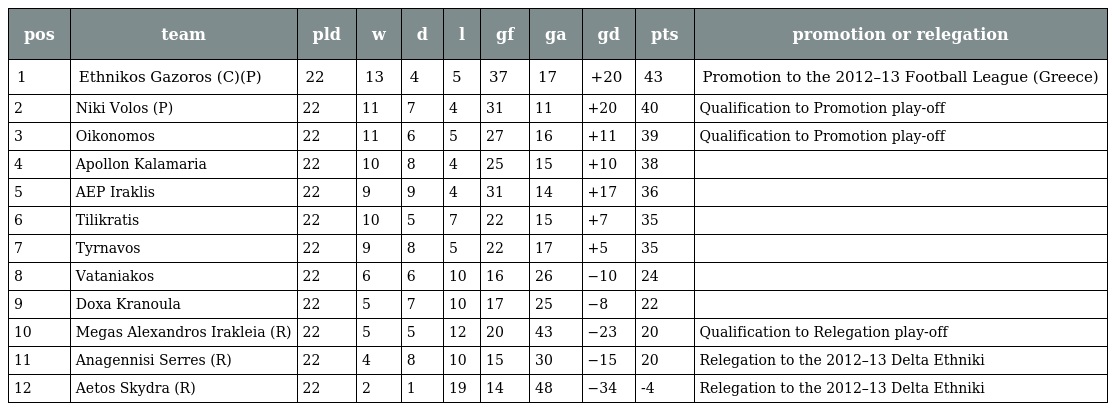
| pos | team | pld | w | d | l | gf | ga | gd | pts | promotion or relegation |
 | --- | --- | --- | --- | --- | --- | --- | --- | --- | --- | --- |
 | 1 | Ethnikos Gazoros (C)(P) | 22 | 13 | 4 | 5 | 37 | 17 | +20 | 43 | Promotion to the 2012–13 Football League (Greece) |
 | 2 | Niki Volos (P) | 22 | 11 | 7 | 4 | 31 | 11 | +20 | 40 | Qualification to Promotion play-off |
 | 3 | Oikonomos | 22 | 11 | 6 | 5 | 27 | 16 | +11 | 39 | Qualification to Promotion play-off |
 | 4 | Apollon Kalamaria | 22 | 10 | 8 | 4 | 25 | 15 | +10 | 38 |  |
 | 5 | AEP Iraklis | 22 | 9 | 9 | 4 | 31 | 14 | +17 | 36 |  |
 | 6 | Tilikratis | 22 | 10 | 5 | 7 | 22 | 15 | +7 | 35 |  |
 | 7 | Tyrnavos | 22 | 9 | 8 | 5 | 22 | 17 | +5 | 35 |  |
 | 8 | Vataniakos | 22 | 6 | 6 | 10 | 16 | 26 | −10 | 24 |  |
 | 9 | Doxa Kranoula | 22 | 5 | 7 | 10 | 17 | 25 | −8 | 22 |  |
 | 10 | Megas Alexandros Irakleia (R) | 22 | 5 | 5 | 12 | 20 | 43 | −23 | 20 | Qualification to Relegation play-off |
 | 11 | Anagennisi Serres (R) | 22 | 4 | 8 | 10 | 15 | 30 | −15 | 20 | Relegation to the 2012–13 Delta Ethniki |
 | 12 | Aetos Skydra (R) | 22 | 2 | 1 | 19 | 14 | 48 | −34 | -4 | Relegation to the 2012–13 Delta Ethniki |